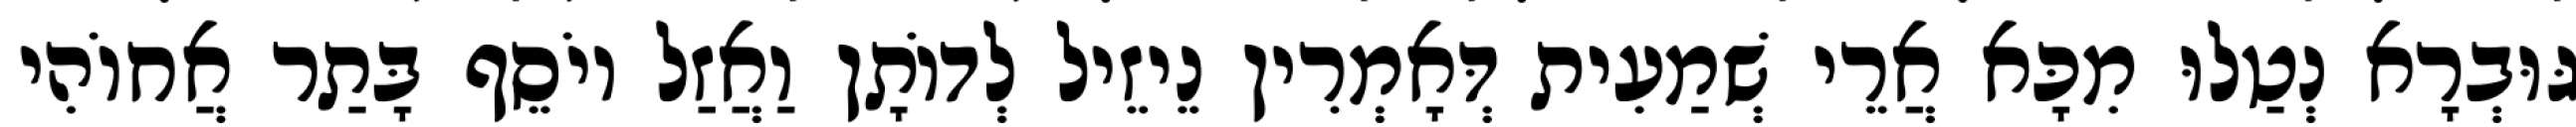
גּוּבְרָא נְטַלוּ מִכָּא אֲרֵי שְׁמַעִית דְּאָמְרִין נֵיזֵיל לְדוֹתָן וַאֲזַל יוֹסֵף בָּתַר אֲחוֹהִי